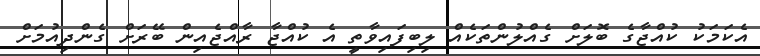
އެކަމަކު ކުއްޖާގެ ބޮލަށް ގެއްލުންތަކެއް ލިބިފައިވާތީ އެ ކުއްޖާ ރާއްޖެއިން ބޭރަށް ގެންދިއުމަށް